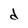
Character: d